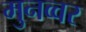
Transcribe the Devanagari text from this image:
मुनव्‍वर